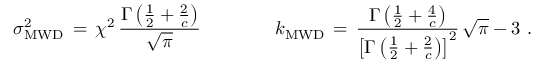
\sigma _ { \mathrm { M W D } } ^ { 2 } \, = \, \chi ^ { 2 } \, \frac { \Gamma \left( \frac { 1 } { 2 } + \frac { 2 } { c } \right) } { \sqrt { \pi } } \qquad \qquad k _ { \mathrm { M W D } } \, = \, \frac { \Gamma \left( \frac { 1 } { 2 } + \frac { 4 } { c } \right) } { \left[ \Gamma \left( \frac { 1 } { 2 } + \frac { 2 } { c } \right) \right] ^ { 2 } } \, \sqrt { \pi } - 3 \, \, .